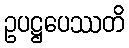
ဥပဋ္ဌပေဿတိ